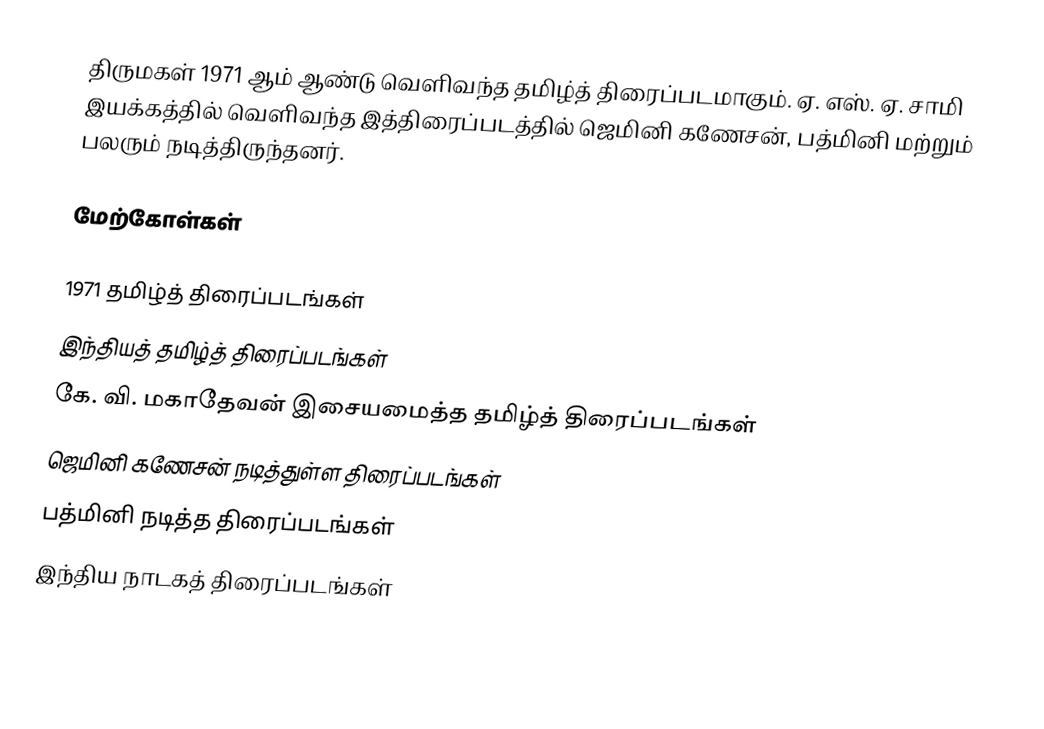
திருமகள் 1971 ஆம் ஆண்டு வெளிவந்த தமிழ்த் திரைப்படமாகும். ஏ. எஸ். ஏ. சாமி இயக்கத்தில் வெளிவந்த இத்திரைப்படத்தில் ஜெமினி கணேசன், பத்மினி மற்றும் பலரும் நடித்திருந்தனர்.

மேற்கோள்கள்

1971 தமிழ்த் திரைப்படங்கள்
இந்தியத் தமிழ்த் திரைப்படங்கள்
கே. வி. மகாதேவன் இசையமைத்த தமிழ்த் திரைப்படங்கள்
ஜெமினி கணேசன் நடித்துள்ள திரைப்படங்கள்
பத்மினி நடித்த திரைப்படங்கள்
இந்திய நாடகத் திரைப்படங்கள்